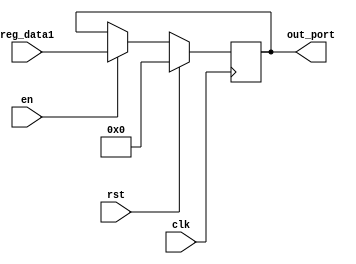
module out_reg (
    input   clk,
    input   rst,

    input   en,
    input           [7:0]   reg_data1,

    output  reg     [7:0]   out_port     =   8'b0
);

    always @(negedge clk) begin
        if (rst) begin
            out_port <= 8'b0;
        end else if (en) begin
            out_port <= reg_data1;
        end
    end

endmodule